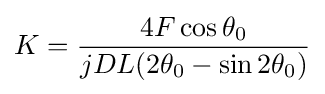
K={\frac {4F\cos \theta _{0}}{jDL(2\theta _{0}-\sin 2\theta _{0})}}